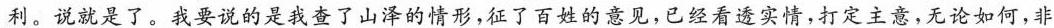
利。说就是了。我要说的是我查了山泽的情形,征了百姓的意见,已经看透实情,打定主意,无论如何,非